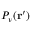
P _ { \nu } ( { \mathbf r ^ { \prime } } )